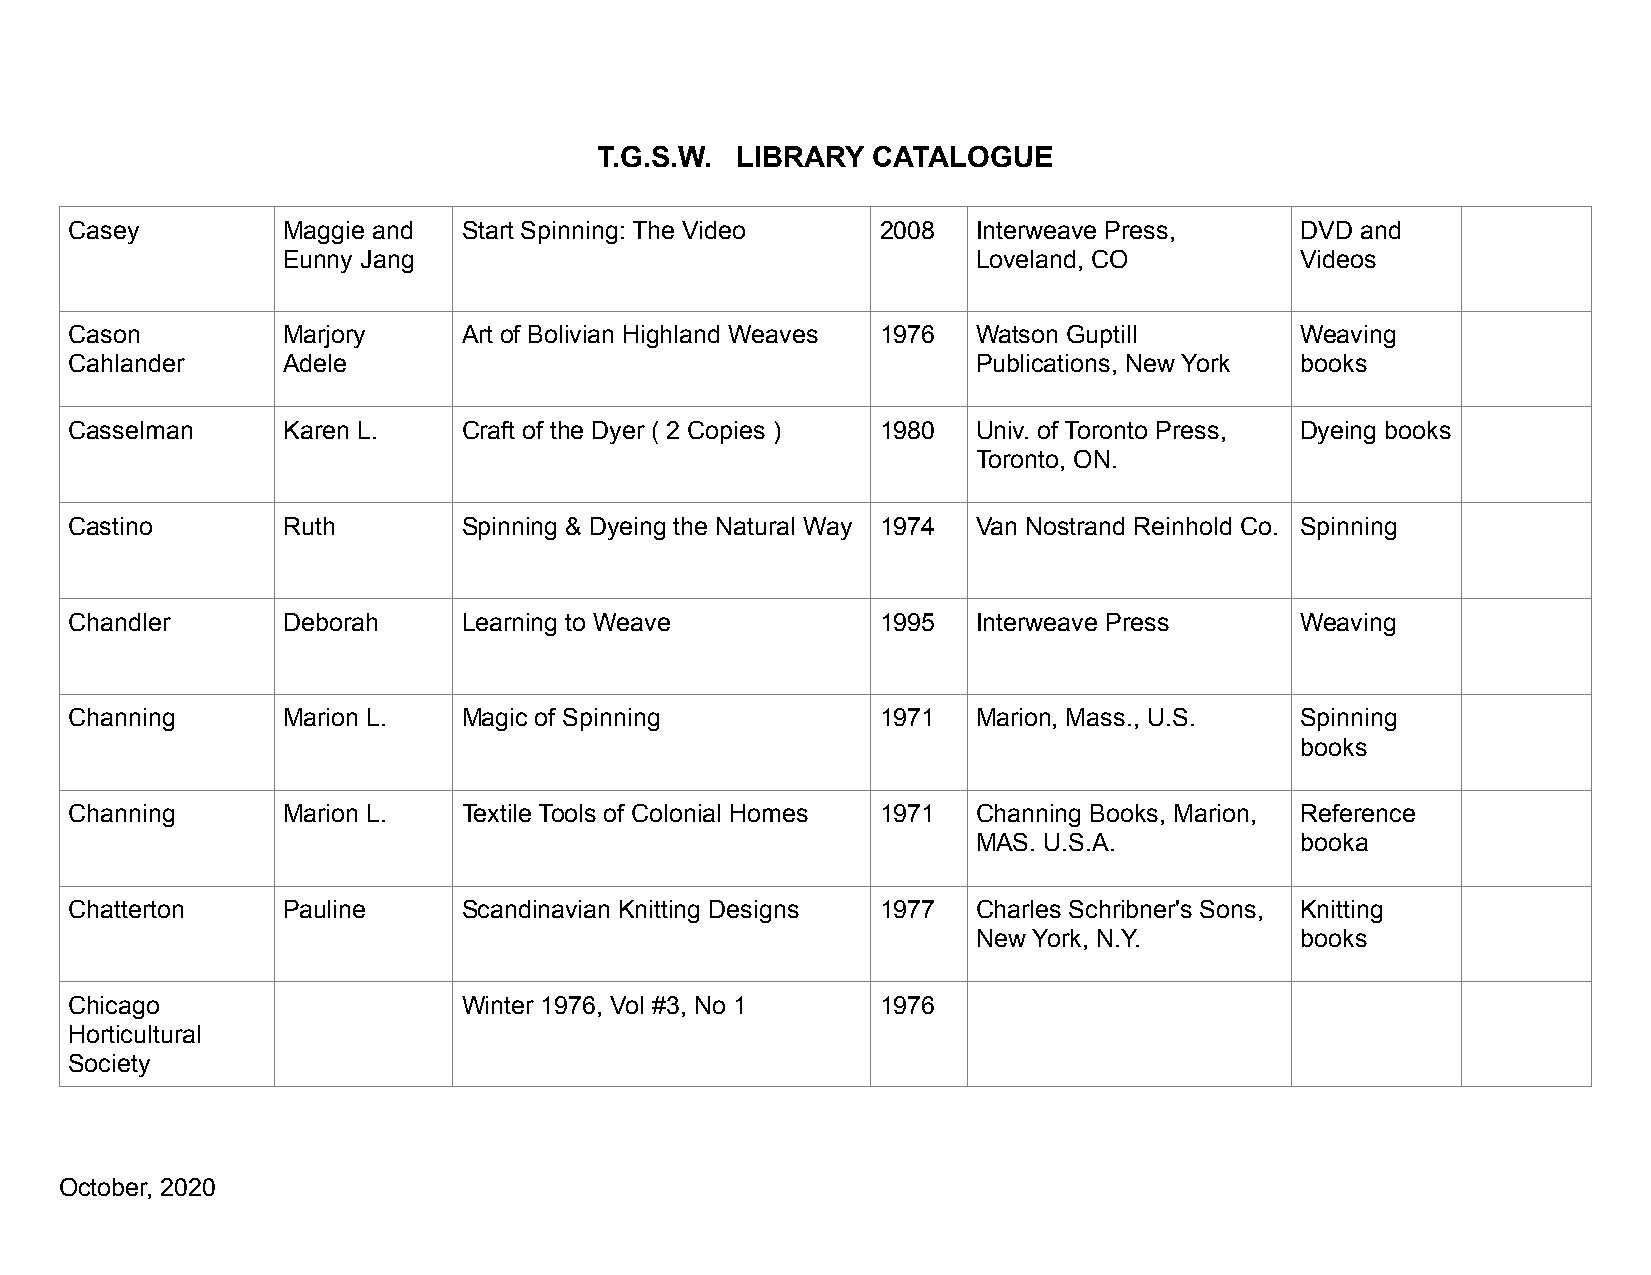
T.G.S.W. LIBRARY  CATALOGUE
 Casey         Maggie and  Start Spinning: The Video  2008   Interweave Press,    DVD and
 Eunny Jang                                    Loveland, CO         Videos
 Cason         Marjory     Art of Bolivian Highland Weaves 1976 Watson Guptill    Weaving
 Cahlander     Adele                                         Publications, New York books
 Casselman     Karen L.    Craft of the Dyer ( 2 Copies ) 1980 Univ. of Toronto Press, Dyeing books
 Toronto, ON.
 Castino       Ruth        Spinning & Dyeing the Natural Way 1974 Van Nostrand Reinhold Co. Spinning
 Chandler      Deborah     Learning to Weave          1995   Interweave Press     Weaving
 Channing      Marion L.   Magic of Spinning          1971   Marion, Mass., U.S.  Spinning
 books
 Channing      Marion L.   Textile Tools of Colonial Homes 1971 Channing Books, Marion, Reference
 MAS. U.S.A.          booka
 Chatterton    Pauline     Scandinavian Knitting Designs 1977 Charles Schribner's Sons, Knitting
 New York, N.Y.       books
 Chicago                   Winter 1976, Vol #3, No 1  1976
 Horticultural
 Society
 October, 2020